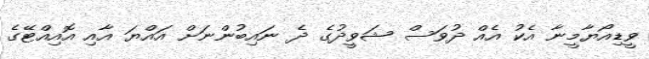
ވީޑިއޯޔާމީނާ އެކު އެއް ދުވަސް ޝަވީދުގެ ދެ ނައިބުންނަށް އައްޔަ އާއި އޮއިއްޓޭގެ